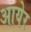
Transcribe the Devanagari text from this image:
आयेर